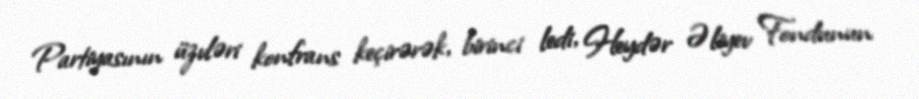
Partiyasının üzvləri konfrans keçirərək, birinci ledi, Heydər Əliyev Fondunun